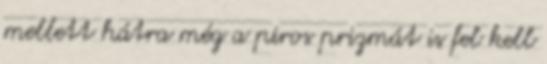
mellett hátra még a piros prizmát is fel kell